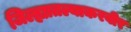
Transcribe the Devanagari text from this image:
जिल्ह्यातल्याकरवीर